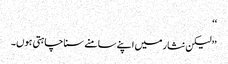
‘‘
’’لیکن نثار میں اپنے سامنے سنا چاہتی ہوں۔